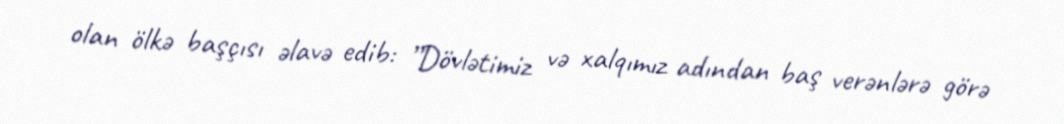
olan ölkə başçısı əlavə edib: ”Dövlətimiz və xalqımız adından baş verənlərə görə